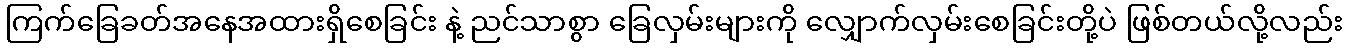
ကြက်ခြေခတ်အနေအထားရှိစေခြင်း နဲ့ ညင်သာစွာ ခြေလှမ်းများကို လျှောက်လှမ်းစေခြင်းတို့ပဲ ဖြစ်တယ်လို့လည်း